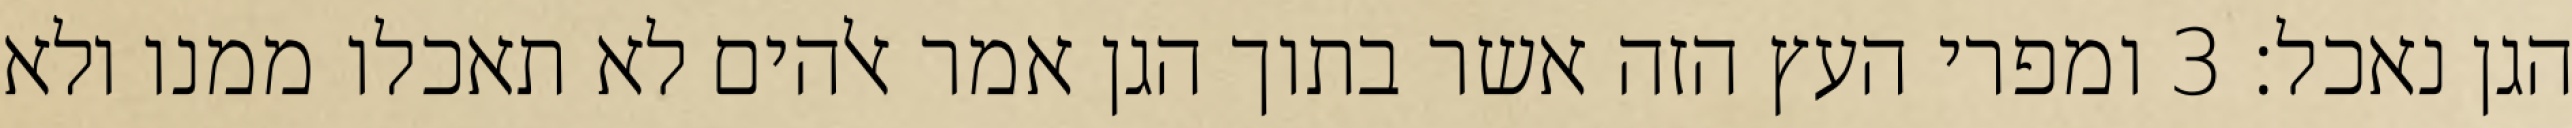
הגן נאכל׃ ‎3‏ ומפרי העץ הזה אשר בתוך הגן אמר אלהים לא תאכלו ממנו ולא